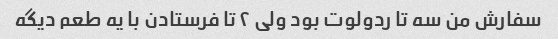
سفارش من سه تا ردولوت بود ولی ۲ تا فرستادن با یه طعم دیگه